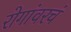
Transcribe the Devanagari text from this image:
रोगांवरचं